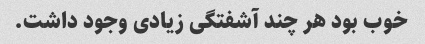
خوب بود هر چند آشفتگی زیادی وجود داشت.